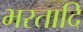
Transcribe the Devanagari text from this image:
भरतादि